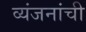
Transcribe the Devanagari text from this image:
व्यंजनांची